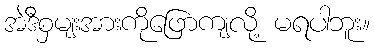
အဲဒီစှမျးအားကိုဖြောကျလို့ မရပါဘူး။